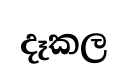
දෑකල